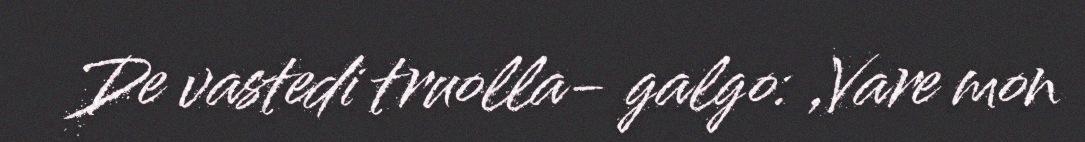
De vastedi truolla- galgo: ,Vare mon